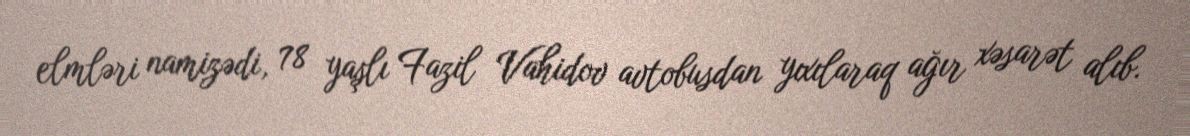
elmləri namizədi, 78 yaşlı Fazil Vahidov avtobusdan yıxılaraq ağır xəsarət alıb.